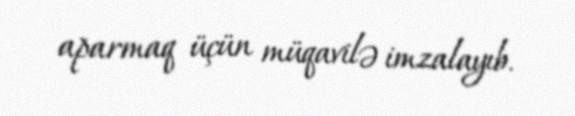
aparmaq üçün müqavilə imzalayıb.